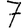
Digit: 7